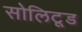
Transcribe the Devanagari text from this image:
सोलिटूड